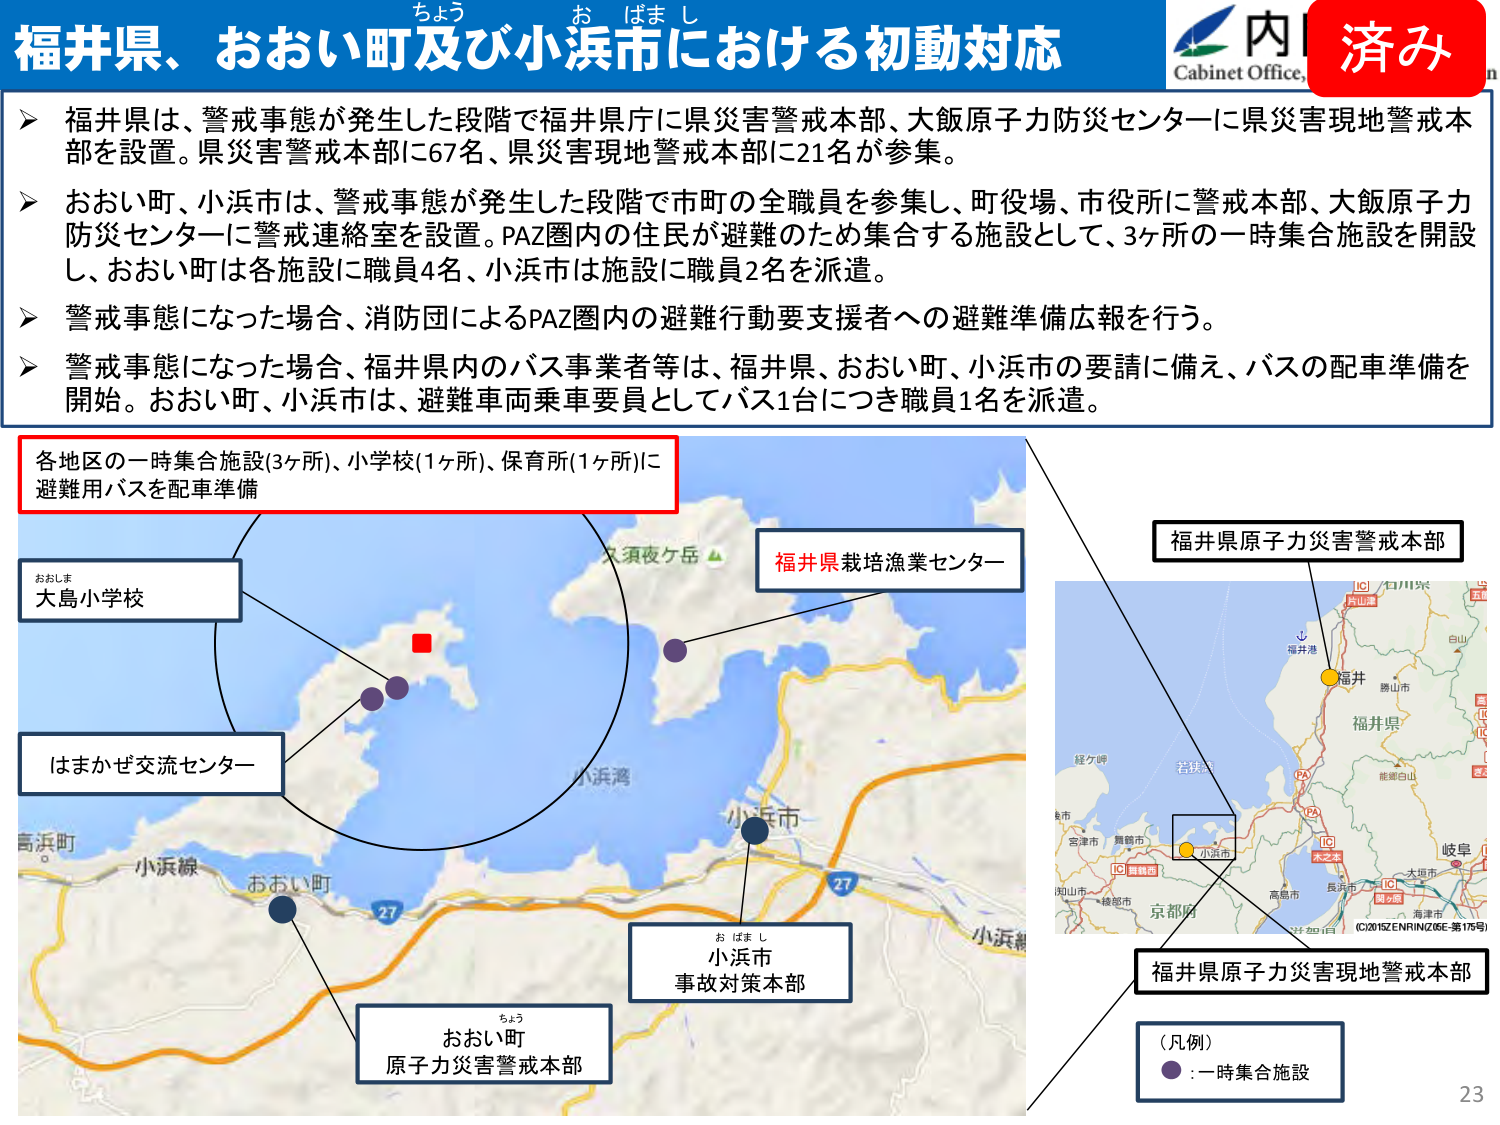
福井県、おおい町及び小浜市における初動対応
ちょう お ばま し
内
済み
Cabinet Office

▶ 福井県は、警戒事態が発生した段階で福井県庁に県災害警戒本部、大飯原子力防災センターに県災害現地警戒本部を設置。県災害警戒本部に67名、県災害現地警戒本部に21名が参集。
▶ おおい町、小浜市は、警戒事態が発生した段階で市町の全職員を参集し、町役場、市役所に警戒本部、大飯原子力防災センターに警戒連絡室を設置。PAZ圏内の住民が避難のため集合する施設として、3ヶ所の一時集合施設を開設し、おおい町は各施設に職員4名、小浜市は施設に職員2名を派遣。
▶ 警戒事態になった場合、消防団によるPAZ圏内の避難行動要支援者への避難準備広報を行う。
▶ 警戒事態になった場合、福井県内のバス事業者等は、福井県、おおい町、小浜市の要請に備え、バスの配車準備を開始。おおい町、小浜市は、避難車両乗車要員としてバス1台につき職員1名を派遣。

各地区の一時集合施設(3ヶ所)、小学校(1ヶ所)、保育所(1ヶ所)に
避難用バスを配車準備

おおしま
大島小学校

はまかぜ交流センター

久須夜ケ岳

福井県栽培漁業センター

小浜湾

小浜市

お はま し
小浜市
事故対策本部

おおい町
ちょう
原子力災害警戒本部

福井県原子力災害警戒本部

福井県原子力災害現地警戒本部

（凡例）
●：一時集合施設

福井港
白山
能郷白山
木之本
高島市
長浜市
海津市
大垣市
岐阜
京都府
（C）2015 ZENRIN（Z06E-第175号）
小浜線
27
27
小浜線
高浜町
おおい町
小浜市
小浜線
23